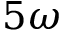
5 \omega